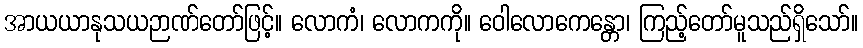
အာယယာနုသယဉာဏ်တော်ဖြင့်။ လောကံ၊ လောကကို။ ဝေါလောကေန္တော၊ ကြည့်တော်မူသည်ရှိသော်။